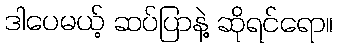
ဒါပေမယ့် ဆပ်ပြာနဲ့ ဆိုရင်ရော။